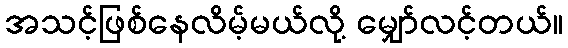
အသင့်ဖြစ်နေလိမ့်မယ်လို့ မျှော်လင့်တယ်။